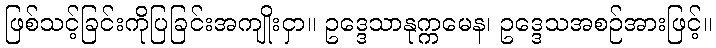
ဖြစ်သင့်ခြင်းကိုပြခြင်းအကျိုးငှာ။ ဥဒ္ဒေသာနုက္ကမေန၊ ဥဒ္ဒေသအစဉ်အားဖြင့်။